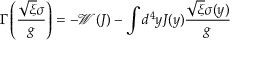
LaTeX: \Gamma \left( \frac { \sqrt { \xi } \sigma } { g } \right) = - \mathcal { W } ( J ) - \int d ^ { 4 } y J ( y ) \frac { \sqrt { \xi } \sigma ( y ) } { g }